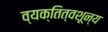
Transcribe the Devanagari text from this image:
व्यक्तित्वशून्य